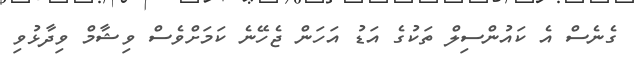
ގެނެސް އެ ކައުންސިލް ތަކުގެ އަޑު އަހަން ޖެހޭނެ ކަމަށްވެސް ވިޝާމް ވިދާޅުވި